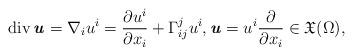
LaTeX: \begin{align*} \operatorname{div} \textbf{\textit{u}} = \nabla_i u^i = \frac{\partial u^i}{\partial x_i} + \Gamma^j_{ij} u^i,\textbf{\textit{u}}=u^i \frac{\partial}{\partial x_i}\in \mathfrak{X} (\Omega),\end{align*}